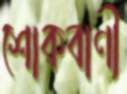
শোকবাণী